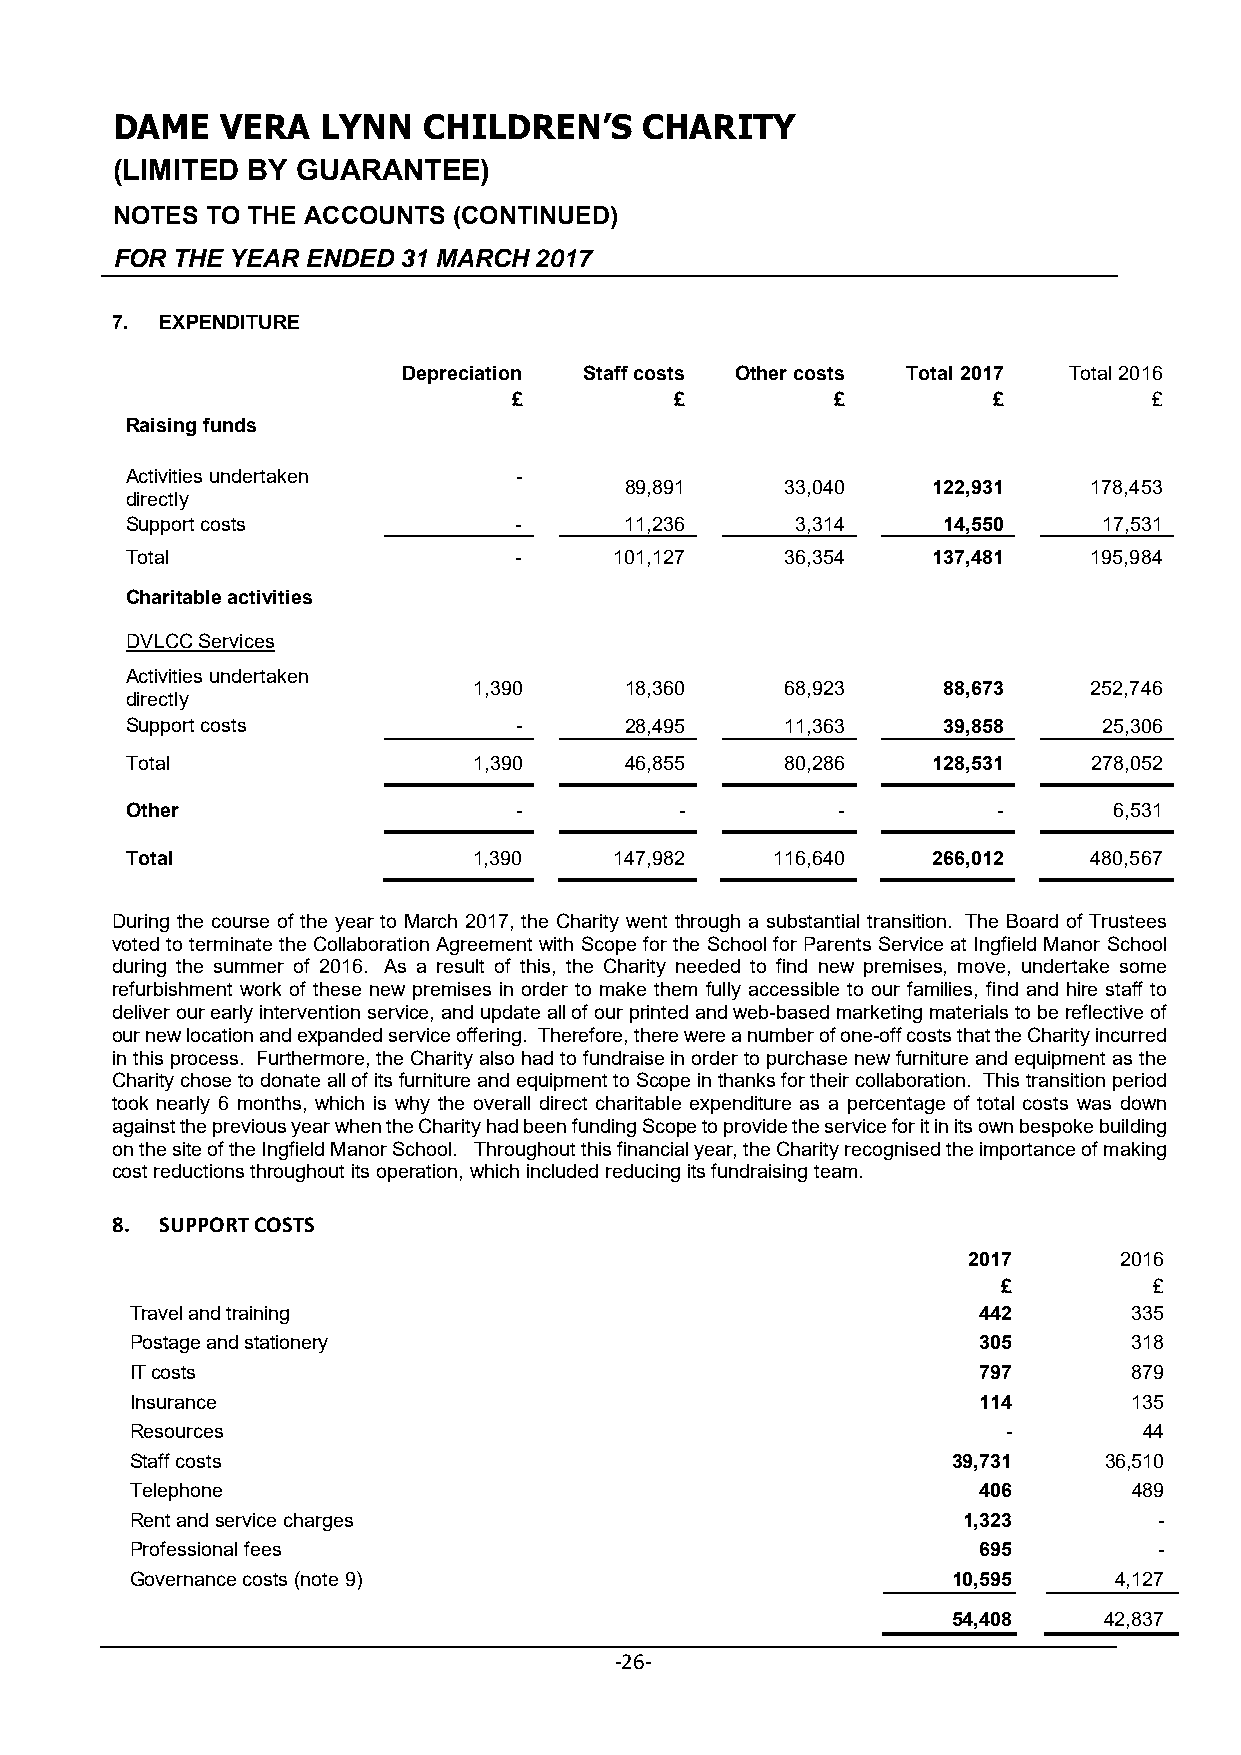
DAME    VERA  LYNN   CHILDREN’S    CHARITY
 (LIMITED BY  GUARANTEE)
 NOTES  TO THE ACCOUNTS (CONTINUED)
 FOR THE YEAR ENDED 31 MARCH 2017
 7.  EXPENDITURE
 Depreciation Staff costs Other costs Total 2017 Total 2016
 £          £         £          £         £
 Raising funds
 Activities undertaken     -
 89,891     33,040    122,931   178,453
 directly
 Support costs             -      11,236      3,314    14,550     17,531
 Total                     -      101,127    36,354    137,481   195,984
 Charitable activities
 DVLCC Services
 Activities undertaken
 1,390     18,360     68,923    88,673    252,746
 directly
 Support costs             -      28,495     11,363    39,858     25,306
 Total                  1,390     46,855     80,286    128,531   278,052
 Other                     -          -         -          -       6,531
 Total                  1,390     147,982   116,640    266,012   480,567
 During the course of the year to March 2017, the Charity went through a substantial transition. The Board of Trustees
 voted to terminate the Collaboration Agreement with Scope for the School for Parents Service at Ingfield Manor School
 during the summer of 2016. As a result of this, the Charity needed to find new premises, move, undertake some
 refurbishment work of these new premises in order to make them fully accessible to our families, find and hire staff to
 deliver our early intervention service, and update all of our printed and web-based marketing materials to be reflective of
 our new location and expanded service offering. Therefore, there were a number of one-off costs that the Charity incurred
 in this process. Furthermore, the Charity also had to fundraise in order to purchase new furniture and equipment as the
 Charity chose to donate all of its furniture and equipment to Scope in thanks for their collaboration. This transition period
 took nearly 6 months, which is why the overall direct charitable expenditure as a percentage of total costs was down
 against the previous year when the Charity had been funding Scope to provide the service for it in its own bespoke building
 on the site of the Ingfield Manor School. Throughout this financial year, the Charity recognised the importance of making
 cost reductions throughout its operation, which included reducing its fundraising team.
 8.  SUPPORT COSTS
 2017      2016
 £         £
 Travel and training                                     442       335
 Postage and stationery                                  305       318
 IT costs                                                797       879
 Insurance                                               114       135
 Resources                                                 -        44
 Staff costs                                           39,731    36,510
 Telephone                                               406       489
 Rent and service charges                               1,323        -
 Professional fees                                       695         -
 Governance costs (note 9)                             10,595     4,127
 54,408    42,837
 ‐26‐